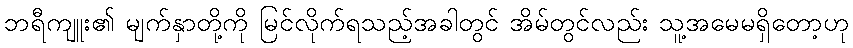
ဘရီကျူး၏ မျက်နှာတို့ကို မြင်လိုက်ရသည့်အခါတွင် အိမ်တွင်လည်း သူ့အမေမရှိတော့ဟု